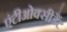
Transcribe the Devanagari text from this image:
एंटीओक्सीडैंट